Report of the Indian Hemp Drugs Commission, 1894-1895 - Volume V
Year: 1894
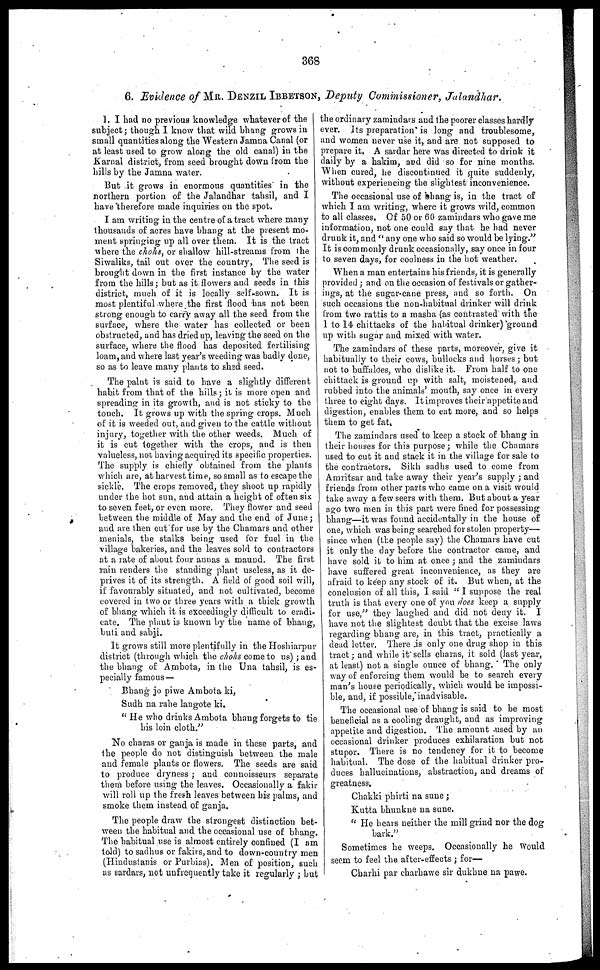
368
6. Evidence of MR. DENZIL IBBETSON, Deputy Commissioner, Jalandhar.
1. I had no previous knowledge whatever of the
subject ; though I know that wild bhang grows in
small quantities along the Western Jamna Canal (or
at least used to grow along the old canal) in the
Karnal district, from seed brought down from the
hills by the Jamna water.
But it grows in enormous quantities in the
northern portion of the Jalandhar tahsil, and I
have therefore made inquiries on the spot.
I am writing in the centre of a tract where many
thousands of acres have bhang at the present mo-
ment springing up all over them. It is the tract
where the chohs, or shallow hill-streams from the
Siwaliks, tail out over the country, The seed is
brought down in the first instance by the water
from the hills ; but as it flowers and seeds in this
district, much of it is locally self-sown. It is
most plentiful where the first flood has not been
strong enough to carry away all the seed from the
surface, where the water has collected or been
obstructed, and has dried up, leaving the seed on the
surface, where the flood has deposited fertilising
loam, and where last year's weeding was badly done,
so as to leave many plants to shad seed.
The paint is said to have a slightly different
habit from that of the hills ; it is more open and
spreading in its growth, and is not sticky to the
touch. It grows up with the spring crops. Much
of it is weeded out, and given to the cattle without
injury, together with the other weeds. Much of
it is cut together with the crops, and is then
valueless, not having acquired its specific properties.
The supply is chiefly obtained from the plants
which are, at harvest time, so small as to escape the
sickle. The crops removed, they shoot up rapidly
under the hot sun, and attain a height of often six
to seven feet, or even more. They flower and seed I
between the middle of May and the end of June ;
and are then cut for use by the Chamars and other
menials, the stalks being used for fuel in the
village bakeries, and the leaves sold to contractors
at a rate of about four annas a maund. The first
rain renders the standing plant useless, as it de-
prives it of its strength. A field of good soil will,
if favourably situated, and not cultivated, become
covered in two or three years with a thick growth
of bhang which it is exceedingly difficult to eradi-
cate. The plant is known by the name of bhang,
buti and sabji.
It grows still more plentifully in the Hoshiarpur
district (through which the chohs come to us) ; and
the bhang of Ambota, in the Una tahsil, is es-
pecially famous —
Bhang jo piwe Ambota ki,
Sudh na rahe langote ki.
"He who drinks Ambota bhang forgets to tie
his loin cloth."
No charas or ganja is made in these parts, and
the people do not distinguish between the male
and female plants or flowers. The seeds are said
to produce dryness ; and connoisseurs separate
them before using the leaves. Occasionally a fakir
will roll up the fresh leaves between his palms, and
smoke them instead of ganja.
The people draw the strongest distinction bet-
ween the habitual and the occasional use of bhang.
The habitual use is almost entirely confined (I am
told) to sadhus or fakirs, and to down-country men
(Hindustanis or Purbias). Men of position, such
as sardars, not unfrequently take it regularly ; but
the ordinary zamindars and the poorer classes hardly
ever. Its preparation is long and troublesome,
and women never use it, and are not supposed to
prepare it. A sardar here was directed to drink it
daily by a hakim, and did so for nine months.
When cured, he discontinued it quite suddenly,
without experiencing the slightest inconvenience.
The occasional use of bhang is, in the tract of
which I am writing, where it grows wild, common
to all classes. Of 50 or 60 zamindars who gave me
information, not one could say that he had never
drunk it, and "any one who said so would be lying."
It is commonly drunk occasionally, say once in four
to seven days, for coolness in the hot weather.
When a man entertains his friends, it is generally
provided ; and on the occasion of festivals or gather-
ings, at the sugar-cane press, and so forth. On
such occasions the non-habitual drinker will drink
from two rattis to a masha (as contrasted with the
1 to 14- chittacks of the habitual drinker) ground
up with sugar and mixed with water.
The zamindars of these parts, moreover, give it
habitually to their cows, bullocks and horses ; but
not to buffaloes, who dislike it. From half to one
chittack is ground up with salt, moistened, and
rubbed into the animals' mouth, say once in every
three to eight days. It improves their appetite and
digestion, enables them to eat more, and so helps
them to get fat.
The zamindars used to keep a stock of bhang in
their houses for this purpose ; while the Chamars
used to cut it and stack it in the village for sale to
the contractors. Sikh sadhs used to come from
Amritsar and take away their year's supply ; and
friends from other parts who came on a visit would
take away a few seers with them. But about a year
ago two men in this part were fined for possessing
bhang—it was found accidentally in the house of
one, which was being searched for stolen property—
since when (the people say) the Chamars have cut
it only the day before the contractor came, and
have sold it to him at once ; and the zamindars
have suffered great inconvenience, as they are
afraid to keep any stock of it. But when, at the
conclusion of all this, I said "I suppose the real
truth is that every one of you does keep a supply
for use," they laughed and did not deny it. I
have not the slightest doubt that the excise laws
regarding bhang are, in this tract, practically a
dead letter. There is only one drug shop in this
tract ; and while it sells charas, it sold (last year,
at least) not a single ounce of bhang. The only
way of enforcing them would be to search every
man's house periodically, which would be impossi-
ble, and, if possible, inadvisable.
The occasional use of bhang is said to be most
beneficial as a cooling draught, and as improving
appetite and digestion. The amount used by an
occasional drinker produces exhilaration but not
stupor. There is no tendency for it to become
habitual. The dose of the habitual drinker pro-
duces hallucinations, abstraction, and dreams of
greatness.
Chakki phirti na sune ;
Kutta bhunkne na sune.
"He hears neither the mill grind nor the dog
bark."
Sometimes he weeps. Occasionally he Would
seem to feel the after-effects ; for—
Charhi par charhawe sir dukhne na pawe.